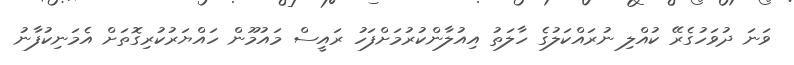
ވަނަ ދުވަހުގެރޭ ކުއްލި ނުރައްކަލުގެ ހާލަތު އިއުލާންކުރުމަށްފަހު ރައީސް މައުމޫން ހައްޔަރުކުރިގޮތަށް އެމަނިކުފާނު